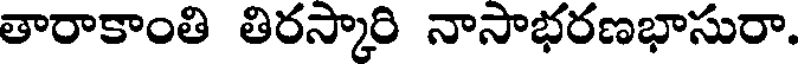
తారాకాంతి తిరస్కారి నాసాభరణభాసురా.